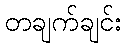
တချက်ချင်း